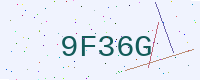
Text: 9F36G